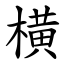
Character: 横